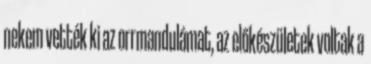
nekem vették ki az orrmandulámat, az előkészületek voltak a